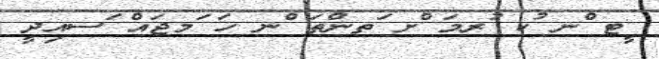
ީޓ ްނ ުކ ުރމަ ްށ ަތންތަ ްނ ހަ ަމޖައް ަސއިދީ